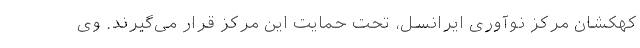
کهکشانِ مرکز نوآوری ایرانسل، تحت حمایت این مرکز قرار می‌گیرند. وی